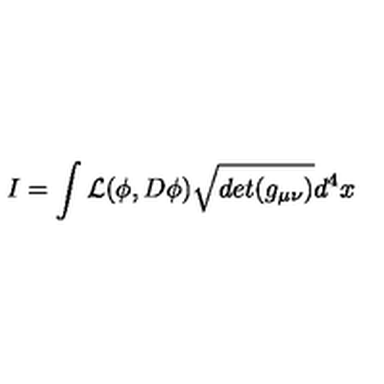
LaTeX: I = \int { \cal L } ( \phi , D \phi ) \sqrt { d e t ( g _ { \mu \nu } ) } d ^ { 4 } x